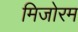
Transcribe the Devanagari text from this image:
मिजोरम